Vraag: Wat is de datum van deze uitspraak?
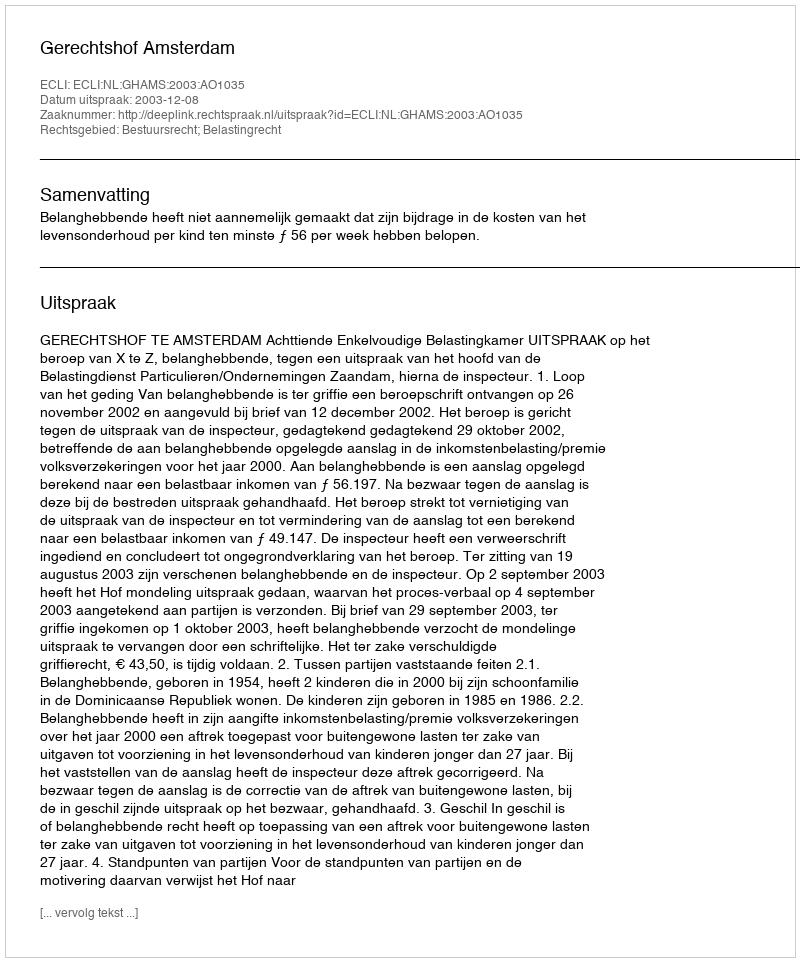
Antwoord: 2003-12-08